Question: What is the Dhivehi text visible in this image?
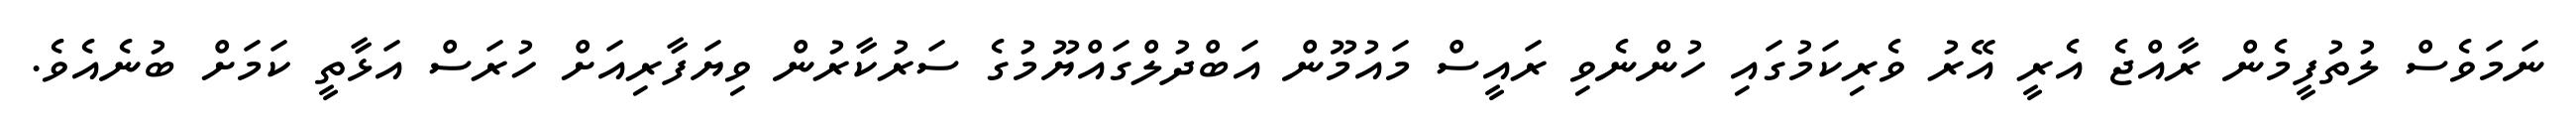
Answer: ނަމަވެސް ލުތުފީމެން ރާއްޖެ އެރީ އޭރު ވެރިކަމުގައި ހުންނެވި ރައީސް މައުމޫން އަބްދުލްގައްޔޫމުގެ ސަރުކާރުން ވިޔަފާރިއަށް ހުރަސް އަޅާތީ ކަމަށް ބުނެއެވެ.